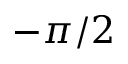
- \pi / 2